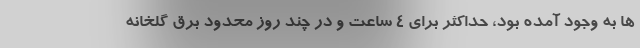
ها به وجود آمده بود، حداکثر برای ۴ ساعت و در چند روز محدود برق گلخانه